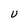
Character: u